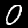
Digit: 0